Vaccination in Bombay 1874-1876 - 1874-1876
Year: 1874
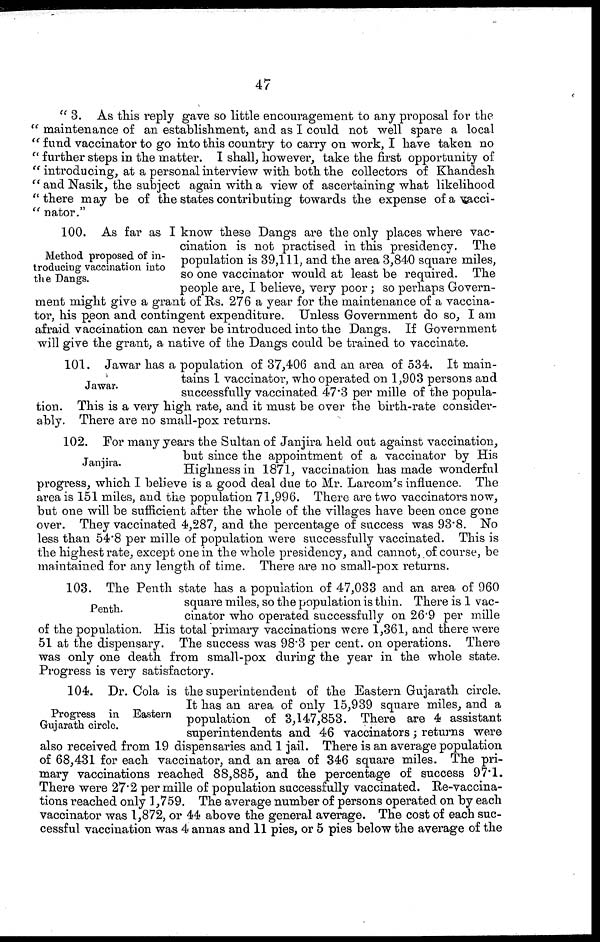
47
" 3. As this reply gave so little encouragement to any proposal for the
" maintenance of an establishment, and as I could not well spare a local
"fund vaccinator to go into this country to carry on work, I have taken no
" further steps in the matter. I shall, however, take the first opportunity of
" introducing, at a personal interview with both the collectors of Khandesh
" and Nasik, the subject again with a view of ascertaining what likelihood
" there may be of the states contributing towards the expense of a vacci¬
" nator."
Method proposed of in-
troducing vaccination into
the Dangs.
100. As far as I know these Dangs are the only places where vac-
cination is not practised in this presidency. The
population is 39,111, and the area 3,840 square miles,
so one vaccinator would at least be required. The
people are, I believe, very poor; so perhaps Govern-
ment might give a grant of Rs. 276 a year for the maintenance of a vaccina-
tor, his peon and contingent expenditure. Unless Government do so, I am
afraid vaccination can never be introduced into the Dangs. If Government
will give the grant, a native of the Dangs could be trained to vaccinate.
Jawar.
101. Jawar has a population of 37,406 and an area of 534. It main-
tains 1 vaccinator, who operated on 1,903 persons and
successfully vaccinated 47.3 per mille of the popula-
tion. This is a very high rate, and it must be over the birth-rate consider-
ably. There are no small-pox returns.
Janjira.
102. For many years the Sultan of Janjira held out against vaccination,
but since the appointment of a vaccinator by His
Highness in 1871, vaccination has made wonderful
progress, which I believe is a good deal due to Mr. Larcom's influence. The
area is 151 miles, and the population 71,996. There are two vaccinators now,
but one will be sufficient after the whole of the villages have been once gone
over. They vaccinated 4,287, and the percentage of success was 93.8. No
less than 54.8 per mille of population were successfully vaccinated. This is
the highest rate, except one in the whole presidency, and cannot, of course, be
maintained for any length of time. There are no small-pox returns.
Penth.
103. The Penth state has a population of 47,033 and an area of 960
square miles, so the population is thin. There is 1 vac-
cinator who operated successfully on 26.9 per mille
of the population. His total primary vaccinations were 1,361, and there were
51 at the dispensary. The success was 98.3 per cent. on operations. There
was only one death from small-pox during the year in the whole state.
Progress is very satisfactory.
Progress in Eastern
Gujarath circle.
104. Dr. Cola is the superintendent of the Eastern Gujarath circle.
It has an area of only 15,939 square miles, and a
population of 3,147,853. There are 4 assistant
superintendents and 46 vaccinators; returns were
also received from 19 dispensaries and 1 jail. There is an average population
of 68,431 for each vaccinator, and an area of 346 square miles. The pri-
mary vaccinations reached 88,885, and the percentage of success 97.1.
There were 27.2 per mille of population successfully vaccinated. Re-vaccina-
tions reached only 1,759. The average number of persons operated on by each
vaccinator was 1,872, or 44 above the general average. The cost of each suc-
cessful vaccination was 4 annas and 11 pies, or 5 pies below the average of the